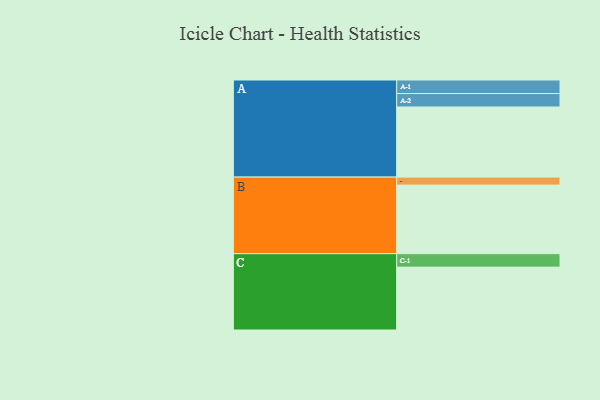
{"axis": {"x": "Segment", "y": "Value"}, "legend": ["", "A", "B", "C"], "data": [{"x": "A", "y": 543, "type": ""}, {"x": "B", "y": 531, "type": ""}, {"x": "C", "y": 487, "type": ""}, {"x": "A-1", "y": 105, "type": "A"}, {"x": "A-2", "y": 104, "type": "A"}, {"x": "B-1", "y": 62, "type": "B"}, {"x": "C-1", "y": 104, "type": "C"}]}